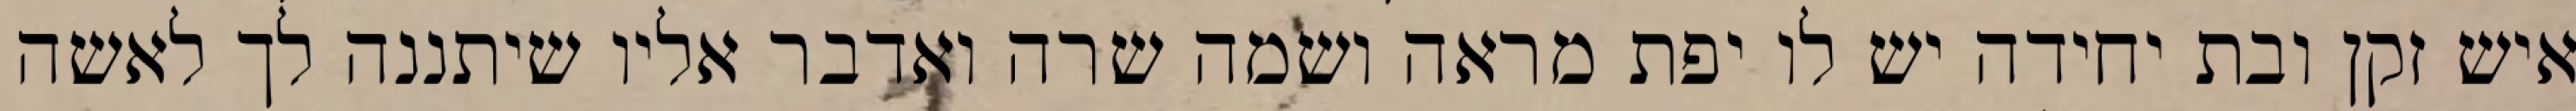
איש זקן ובת יחידה יש לו יפת מראה ושמה שרה ואדבר אליו שיתננה לך לאשה